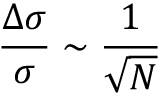
\frac { \Delta \sigma } { \sigma } \sim \frac { 1 } { \sqrt { N } }